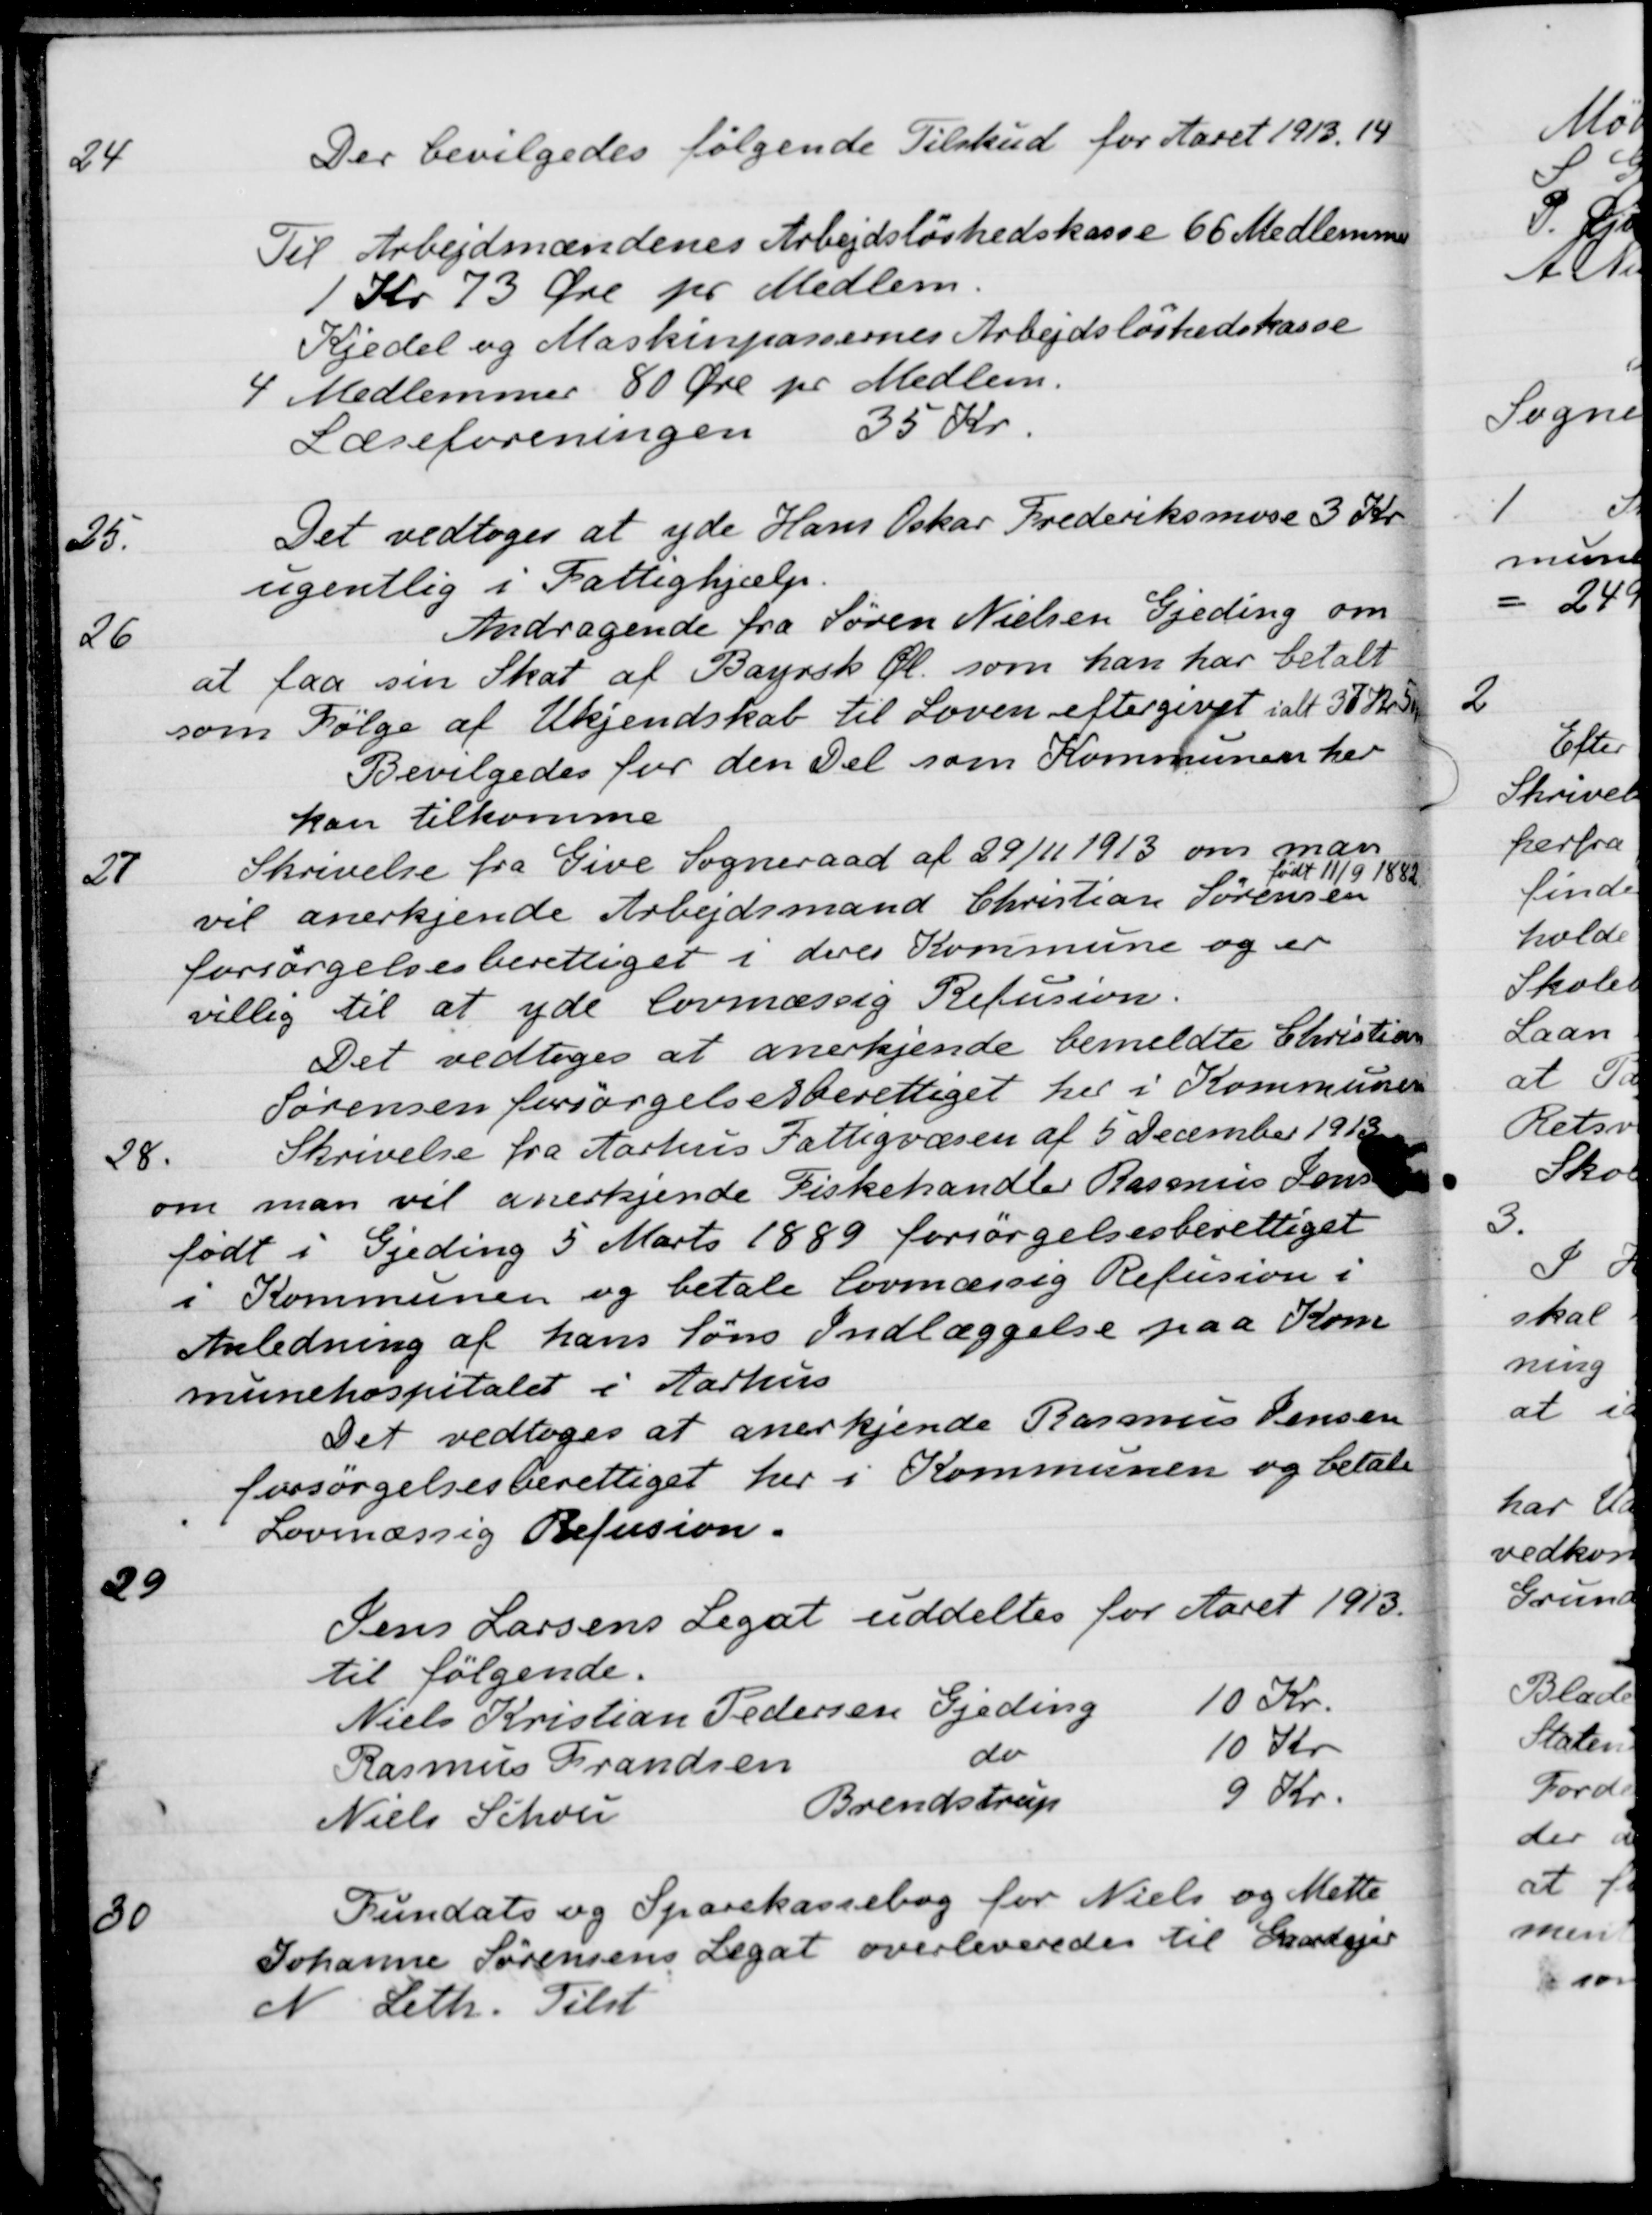
Transskription:
24
Der bevilgedes følgende Tilskud for Aaret 1913, 14
Til Arbejdsmændenes Arbejdsløshedskasse 66 Medlemmer
1 Kr 73 Øre pr Medlem.
Kjedel og Maskinpassernes Arbejdsløshedskasse
4 Medlemmer 80 Øre pr Medlem.
Læseforeningen 35 Kr
25.
Det vedtoges at yde Hans Oskar Frederiksmose 3 Kr.
ugentlig i Fattighjælp.
26
Andragende fra Søren Nielsen Gjeding om
at
faa sin Skat af Bayrsk Øl. som han har betalt
som Følge af Ukjendskab til Loven eftergivet ialt 37 Kr 50 Ø
Bevilgedes for den Del som Kommunen her
kan tilkomme
27
Skrivelse fra Give Sogneraad af 29/11 1913 om man
vil anerkjende Arbejdsmand Christian Sørensen
født
11/9 1882
forsørgelsesberettiget i deres Kommune og er
villig til at yde lovmæssig Refusion.
Det vedtoges at anerkjende bemeldte Christian
Sørensen forsørgelsesberettiget her i Kommunen
28.
Skrivelse fra Aarhus Fattigvæsen af 5 December 1913
om man vil anerkjende Fiskehandler Rasmus Jensen
født i Gjeding 5 Marts 1889 forsørgelsesberettiget
i Kommunen og betale lovmæssig Refusion i
Anledning af hans Søns Indlæggelse paa Kom
munehospitalet i Aarhus
Det vedtoges at anerkjende Rasmus Jensen
forsørgelsesberettiget her i Kommunen og betale
Lovmæssig Refusion.
29
Jens Larsens Legat uddeltes for Aaret 1913.
til følgende.
Niels Kristian Pedersen
Gjeding
10 Kr.
Rasmus Frandsen
do
10 Kr
Niels Schou
Brendstrup
9 Kr.
30
Fundats og Sparekassebog for Niels og Mette
Johanne Sørensens Legat overleveredes til Gaardejer
N Leth. Tilst